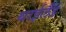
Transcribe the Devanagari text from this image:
थाईलैँड